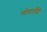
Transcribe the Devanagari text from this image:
सोनाचाँदी